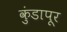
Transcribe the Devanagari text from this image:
कुंडापूर